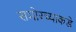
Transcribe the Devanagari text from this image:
समोरच्याकडे